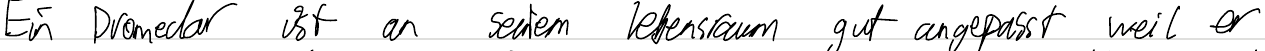
Ein Dromedar ist an seinem Lebensraum gut angepasst weil er